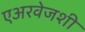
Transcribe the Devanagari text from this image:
एअरवेजशी